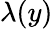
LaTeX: \lambda(y)